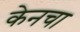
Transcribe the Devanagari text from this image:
केनचा